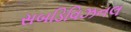
સબડિવિઝનલ